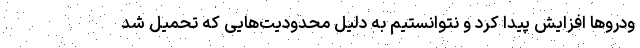
ودروها افزایش پیدا کرد و نتوانستیم به دلیل محدودیت‌هایی که تحمیل شد